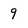
Character: 9